Report of the Indian Hemp Drugs Commission, 1894-1895 - Volume IV
Year: 1894
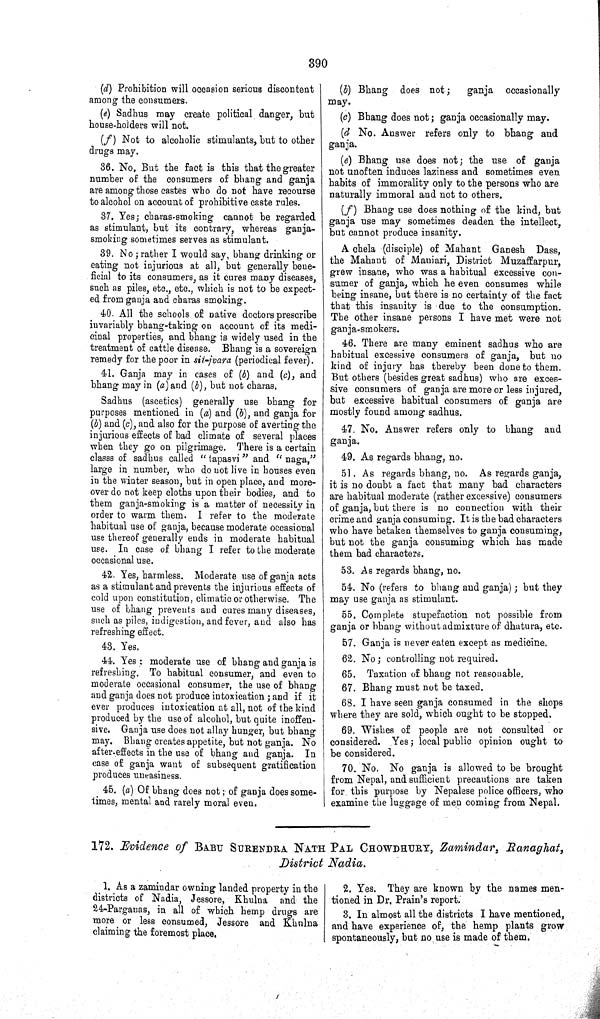
390
(d) Prohibition will occasion serious discontent
among the consumers.
(e) Sadhus may create political danger, but
house-holders will not.
(f) Not to alcoholic stimulants, but to other
drugs may.
36. No. But the fact is this that the greater
number of the consumers of bhang and ganja
are among those castes who do not have recourse
to alcohol on account of prohibitive caste rules.
37. Yes; charas-smoking cannot be regarded
as stimulant, but its contrary, whereas ganja-
smoking sometimes serves as stimulant.
39. No; rather I would say, bhang drinking or
eating not injurious at all, but generally bene-
ficial to its consumers, as it cures many diseases,
such as piles, etc., etc., which is not to be expect-
ed from ganja and charas smoking.
40. All the schools of native doctors prescribe
invariably bhang-taking on account of its medi-
cinal properties, and bhang is widely used in the
treatment of cattle disease. Bhang is a sovereign
remedy for the poor in sit-jvara (periodical fever).
41. Ganja may in cases of (b) and (c), and
bhang may in (a) and (b), but not charas.
Sadhus (ascetics) generally use bhang for
purposes mentioned in (a) and (b), and ganja for
(b) and (c), and also for the purpose of averting the
injurious effects of bad climate of several places
when they go on pilgrimage. There is a certain
classs of sadhus called "tapasvi" and "naga,"
large in number, who do not live in houses even
in the winter season, but in open place, and more-
over do not keep cloths upon their bodies, and to
them ganja-smoking is a matter of necessity in
order to warm them. I refer to the moderate
habitual use of ganja, because moderate occasional
use thereof generally ends in moderate habitual
use. In case of bhang I refer to the moderate
occasional use.
42. Yes, harmless. Moderate use of ganja acts
as a stimulant and prevents the injurious effects of
cold upon constitution, climatic or otherwise. The
use of bhang prevents and cures many diseases,
such as piles, indigestion, and fever, and also has
refreshing effect.
43. Yes.
44. Yes; moderate use of bhang and ganja is
refreshing. To habitual consumer, and even to
moderate occasional consumer, the use of bhang
and ganja does not produce intoxication; and if it
ever produces intoxication at all, not of the kind
produced by the use of alcohol, but quite inoffen-
sive. Ganja use does not allay hunger, but bhang
may. Bhang creates appetite, but not ganja. No
after-effects in the use of bhang and ganja. In
case of ganja want of subsequent gratification
produces uneasiness.
45. (a) Of bhang does not; of ganja does some-
times, mental and rarely moral even.
(b) Bhang does not;
ganja occasionally
may.
(c) Bhang does not; ganja occasionally may.
(d No. Answer refers only to bhang and
ganja.
(e) Bhang use does not; the use of ganja
not unoften induces laziness and sometimes even
habits of immorality only to the persons who are
naturally immoral and not to others.
(f) Bhang use does nothing of the kind, but
ganja use may sometimes deaden the intellect,
but cannot produce insanity.
A chela (disciple) of Mahant Ganesh Dass,
the Mahant of Maniari, District Muzaffarpur,
grew insane, who was a habitual excessive con-
sumer of ganja, which he even consumes while
being insane, but there is no certainty of the fact
that this insanity is due to the consumption.
The other insane persons I have met were not
ganja-smokers.
46. There are many eminent sadhus who are
habitual excessive consumers of ganja, but no
kind of injury has thereby been done to them.
But others (besides great sadhus) who are exces-
sive consumers of ganja are more or less injured,
but excessive habitual consumers of ganja are
mostly found among sadhus.
47. No. Answer refers only to bhang and
ganja.
49. As regards bhang, no.
51. As regards bhang, no. As regards ganja,
it is no doubt a fact that many bad characters
are habitual moderate (rather excessive) consumers
of ganja, but there is no connection with their
crime and ganja consuming. It is the bad characters
who have betaken themselves to ganja consuming,
but not the ganja consuming which has made
them bad characters.
53. As regards bhang, no.
54. No (refers to bhang and ganja); but they
may use ganja as stimulant.
55. Complete stupefaction not possible from
ganja or bhang without admixture of dhatura, etc.
57. Ganja is never eaten except as medicine.
62. No; controlling not required.
65. Taxation of bhang not reasonable.
67. Bhang must not be taxed.
68. I have seen ganja consumed in the shops
where they are sold, which ought to be stopped.
69. Wishes of people are not consulted or
considered. Yes; local public opinion ought to
be considered.
70. No. No ganja is allowed to be brought
from Nepal, and sufficient precautions are taken
for this purpose by Nepalese police officers, who
examine the luggage of men coming from Nepal.
172. Evidence of BABU SURENDRA NATH PAL CHOWDHURY, Zamindar, Ranaghat,
District Nadia.
1. As a zamindar owning landed property in the
districts of Nadia, Jessore, Khulna and the
24-Parganas, in all of which hemp drugs are
more or less consumed, Jessore and Khulna
claiming the foremost place.
2. Yes. They are known by the names men-
tioned in Dr. Prain's report.
3. In almost all the districts I have mentioned,
and have experience of, the hemp plants grow
spontaneously, but no use is made of them.